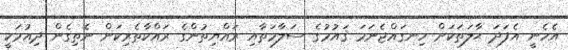
އެހެނީ އެފަދަ ޙާލަތަކަށް ހިނގައްޖެނަމަ ޤައުމުގެ ސަލާމަތާއި ރައްޔިތުންގެ ރައްކާތެރިކަން ނެތިގެން ދިއުމަކީ